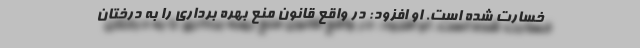
خسارت شده است. او افزود: در واقع قانون منع بهره برداری را به درختان